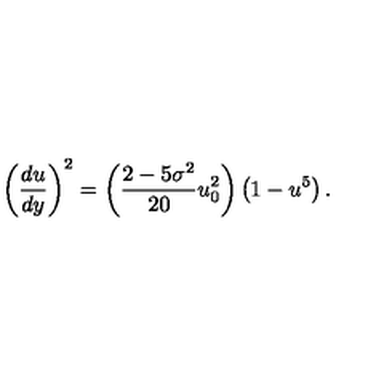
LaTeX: \left( \frac { d u } { d y } \right) ^ { 2 } = \left( \frac { 2 - 5 \sigma ^ { 2 } } { 2 0 } u _ { 0 } ^ { 2 } \right) \left( 1 - u ^ { 5 } \right) .